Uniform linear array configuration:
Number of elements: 16
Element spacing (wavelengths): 1
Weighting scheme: hamming
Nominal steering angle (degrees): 60
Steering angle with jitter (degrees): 59.076
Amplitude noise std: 0.05
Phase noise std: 0.05

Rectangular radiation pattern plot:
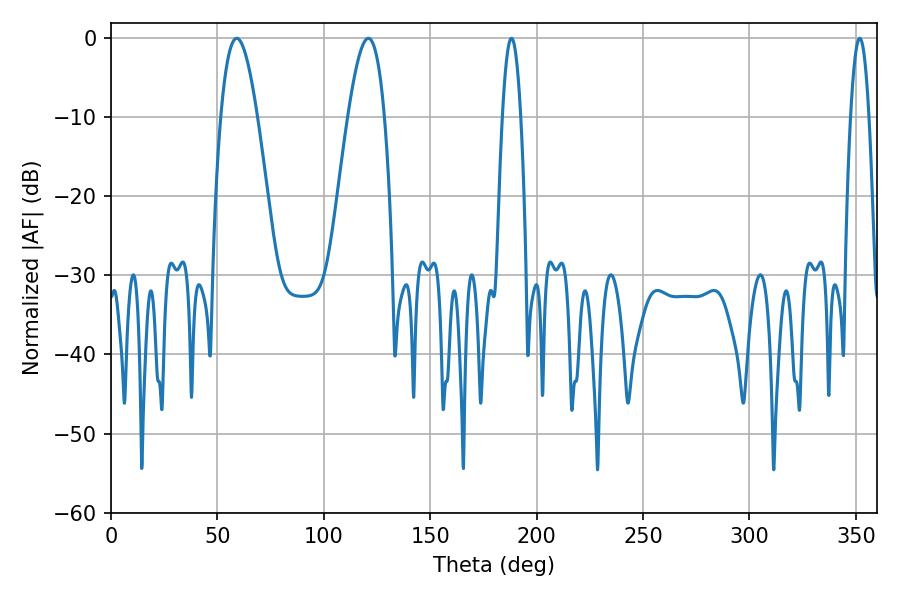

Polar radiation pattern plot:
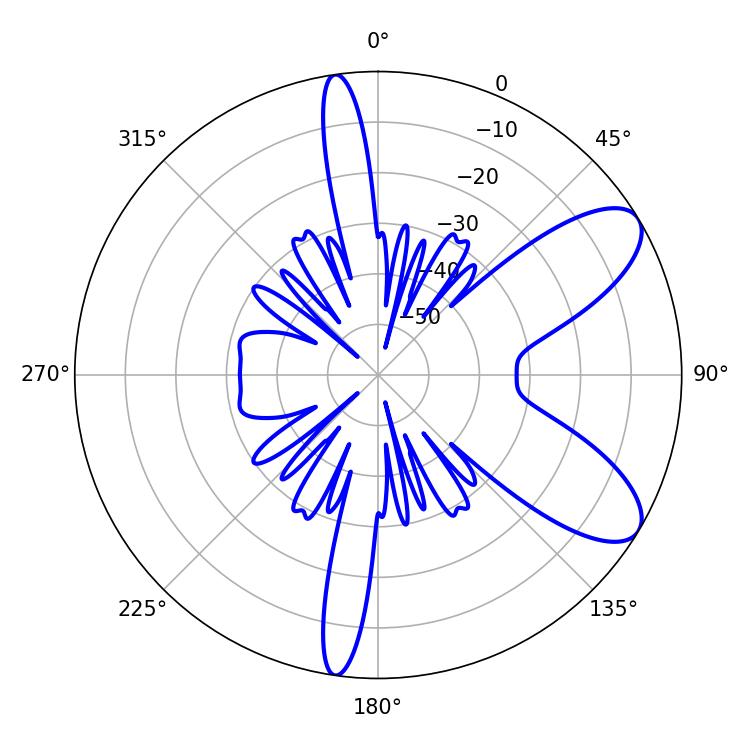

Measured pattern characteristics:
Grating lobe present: TRUE
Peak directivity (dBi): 8.55
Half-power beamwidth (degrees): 9.36
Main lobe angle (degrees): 59.04